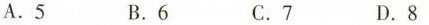
A.5 B.6 C.7 D.8